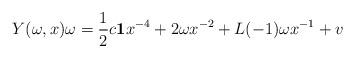
LaTeX: \begin{align*}Y(\omega ,x)\omega = {1\over 2} c {\bf 1}x^{-4} +2\omega x^{-2} + L(-1)\omega x^{-1} + v\end{align*}